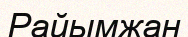
Райымжан